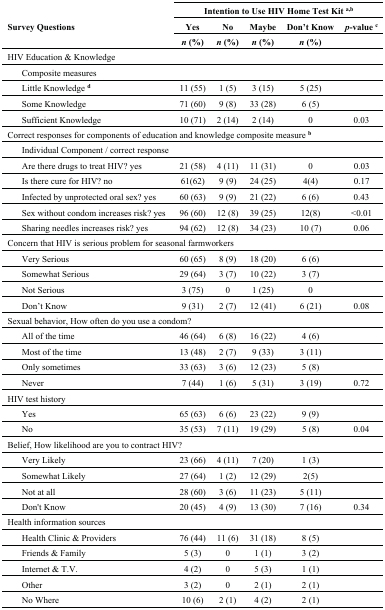
<table><thead><tr><td rowspan="3"><b>Survey Questions</b></td><td colspan="5"><b>Intention to Use HIV Home Test Kit <sup>a,b</sup></b></td></tr><tr><td><b>Yes</b></td><td><b>No</b></td><td><b>Maybe</b></td><td><b>Don’t Know</b></td><td><b><i>p</i>-value <sup>c</sup></b></td></tr><tr><td><b><i>n</i> (%)</b></td><td><b><i>n</i> (%)</b></td><td><b><i>n</i> (%)</b></td><td><b><i>n</i> (%)</b></td><td></td></tr></thead><tbody><tr><td colspan="6">HIV Education &amp; Knowledge</td></tr><tr><td> Composite measures</td><td></td><td></td><td></td><td></td><td></td></tr><tr><td> Little Knowledge <b><sup>d</sup></b></td><td>11 (55)</td><td>1 (5)</td><td>3 (15)</td><td>5 (25)</td><td></td></tr><tr><td> Some Knowledge</td><td>71 (60)</td><td>9 (8)</td><td>33 (28)</td><td>6 (5)</td><td></td></tr><tr><td> Sufficient Knowledge</td><td>10 (71)</td><td>2 (14)</td><td>2 (14)</td><td>0</td><td>0.03</td></tr><tr><td colspan="6">Correct responses for components of education and knowledge composite measure <b><sup>b</sup></b></td></tr><tr><td> Individual Component / correct response</td><td></td><td></td><td></td><td></td><td></td></tr><tr><td> Are there drugs to treat HIV? yes</td><td>21 (58)</td><td>4 (11)</td><td>11 (31)</td><td>0</td><td>0.03</td></tr><tr><td> Is there cure for HIV? no</td><td>61(62)</td><td>9 (9)</td><td>24 (25)</td><td>4(4)</td><td>0.17</td></tr><tr><td> Infected by unprotected oral sex? yes</td><td>60 (63)</td><td>9 (9)</td><td>21 (22)</td><td>6 (6)</td><td>0.43</td></tr><tr><td> Sex without condom increases risk? yes</td><td>96 (60)</td><td>12 (8)</td><td>39 (25)</td><td>12(8)</td><td>&lt;0.01</td></tr><tr><td> Sharing needles increases risk? yes</td><td>94 (62)</td><td>12 (8)</td><td>34 (23)</td><td>10 (7)</td><td>0.06</td></tr><tr><td colspan="6">Concern that HIV is serious problem for seasonal farmworkers</td></tr><tr><td> Very Serious</td><td>60 (65)</td><td>8 (9)</td><td>18 (20)</td><td>6 (6)</td><td></td></tr><tr><td> Somewhat Serious</td><td>29 (64)</td><td>3 (7)</td><td>10 (22)</td><td>3 (7)</td><td></td></tr><tr><td> Not Serious</td><td>3 (75)</td><td>0</td><td>1 (25)</td><td>0</td><td></td></tr><tr><td> Don’t Know</td><td>9 (31)</td><td>2 (7)</td><td>12 (41)</td><td>6 (21)</td><td>0.08</td></tr><tr><td colspan="6">Sexual behavior, How often do you use a condom?</td></tr><tr><td> All of the time</td><td>46 (64)</td><td>6 (8)</td><td>16 (22)</td><td>4 (6)</td><td></td></tr><tr><td> Most of the time</td><td>13 (48)</td><td>2 (7)</td><td>9 (33)</td><td>3 (11)</td><td></td></tr><tr><td> Only sometimes</td><td>33 (63)</td><td>3 (6)</td><td>12 (23)</td><td>5 (8)</td><td></td></tr><tr><td> Never</td><td>7 (44)</td><td>1 (6)</td><td>5 (31)</td><td>3 (19)</td><td>0.72</td></tr><tr><td colspan="6">HIV test history</td></tr><tr><td> Yes</td><td>65 (63)</td><td>6 (6)</td><td>23 (22)</td><td>9 (9)</td><td></td></tr><tr><td> No</td><td>35 (53)</td><td>7 (11)</td><td>19 (29)</td><td>5 (8)</td><td>0.04</td></tr><tr><td colspan="6">Belief, How likelihood are you to contract HIV?</td></tr><tr><td> Very Likely</td><td>23 (66)</td><td>4 (11)</td><td>7 (20)</td><td>1 (3)</td><td></td></tr><tr><td> Somewhat Likely</td><td>27 (64)</td><td>1 (2)</td><td>12 (29)</td><td>2(5)</td><td></td></tr><tr><td> Not at all</td><td>28 (60)</td><td>3 (6)</td><td>11 (23)</td><td>5 (11)</td><td></td></tr><tr><td> Don&#x27;t Know</td><td>20 (45)</td><td>4 (9)</td><td>13 (30)</td><td>7 (16)</td><td>0.34</td></tr><tr><td colspan="6">Health information sources</td></tr><tr><td> Health Clinic &amp; Providers</td><td>76 (44)</td><td>11 (6)</td><td>31 (18)</td><td>8 (5)</td><td></td></tr><tr><td> Friends &amp; Family</td><td>5 (3)</td><td>0</td><td>1 (1)</td><td>3 (2)</td><td></td></tr><tr><td> Internet &amp; T.V.</td><td>4 (2)</td><td>0</td><td>5 (3)</td><td>1 (1)</td><td></td></tr><tr><td> Other</td><td>3 (2)</td><td>0</td><td>2 (1)</td><td>2 (1)</td><td></td></tr><tr><td> No Where</td><td>10 (6)</td><td>2 (1)</td><td>4 (2)</td><td>2 (1)</td><td></td></tr></tbody></table>